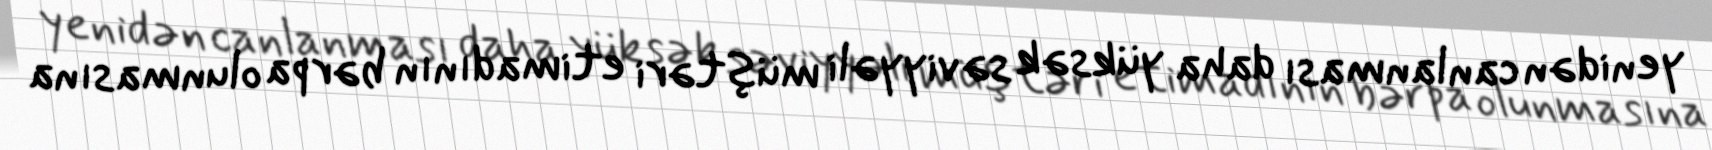
yenidən canlanması daha yüksək səviyyəli müştəri etimadının bərpa olunmasına